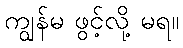
ကျွန်မ ဖွင့်လို့ မရ။